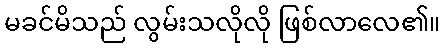
မခင်မိသည် လွမ်းသလိုလို ဖြစ်လာလေ၏။